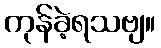
ကုန်ခဲ့ရသဗျ။